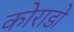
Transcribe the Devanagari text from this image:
कोराडो